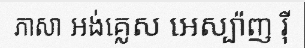
ភាសា អង់គ្លេស អេស្ប៉ាញ រ៉ី